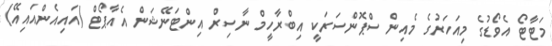
މަޓާާޓޯ އެވޯޑުގެ މިއަހަރުގެ މެއިން ސްޕޮންސަރަކީ އިބްރާހީމް ނާސިރް އިންޓަނޭޝަން އެއާޕޯޓް (އައިއެންއައިއޭ)